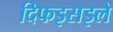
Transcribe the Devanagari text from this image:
दिफइसइले